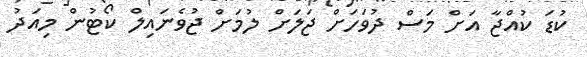
ކުޑަ ކުއްޖާ އަށް މަސް ދުވަހަށް ޖަލަށް ލުމަށް ޖުވެނައިލް ކޯޓުން މިއަދު